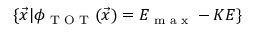
\{ \vec { x } | \phi _ { \textrm { T O T } } ( \vec { x } ) = E _ { \textrm { m a x } } - K E \}